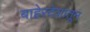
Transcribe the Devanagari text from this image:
बाहेरदेशातून